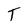
Character: T